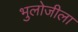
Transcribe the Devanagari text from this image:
भुलोजीला